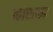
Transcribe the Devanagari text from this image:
काराका